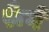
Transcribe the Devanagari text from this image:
रूँगे